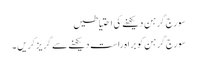
سورج گرہن دیکھنے کی احتیاطیں
سورج گرہن کو براہ راست دیکھنے سے گریز کریں ۔